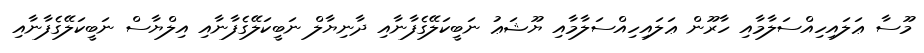
މޫސާ ޢަލައިހިއްސަލާމާއި ހާރޫން ޢަލައިހިއްސަލާމާއި ޔޫޝަޢު ނަބީކަލޭގެފާނާއި ދާނިޔާލް ނަބީކަލޭގެފާނާއި އިލްޔާސް ނަބީކަލޭގެފާނާއި